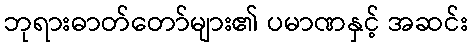
ဘုရားဓာတ်တော်များ၏ ပမာဏနှင့် အဆင်း